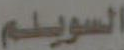
السويلم